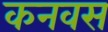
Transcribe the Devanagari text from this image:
कनवस